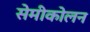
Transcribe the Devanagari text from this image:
सेमीकोलन